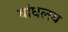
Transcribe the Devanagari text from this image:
बांधलय